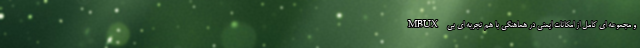
MBUX و مجموعه ای کامل از امکانات ایمنی در هماهنگی با هم تجربه ای بی